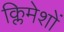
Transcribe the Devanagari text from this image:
क्लिमेशों